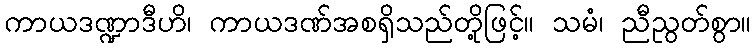
ကာယဒဏ္ဍာဒီဟိ၊ ကာယဒဏ်အစရှိသည်တို့ဖြင့်။ သမံ၊ ညီညွတ်စွာ။